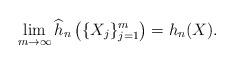
LaTeX: \begin{align*} \lim_{m\to \infty} \widehat{h}_n\left( \{ X_j \}_{j=1}^m \right) = h_n(X).\end{align*}